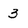
Character: 3